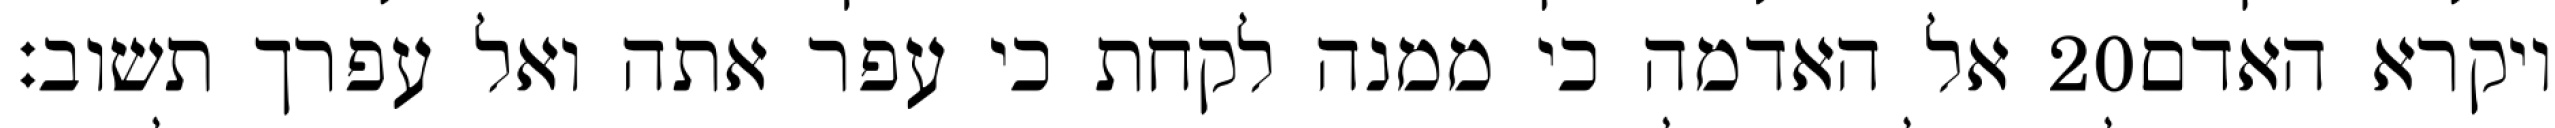
אל האדמה כי ממנה לקחת כי עפר אתה ואל עפרך תשוב׃ ‎20‏ ויקרא האדם